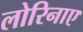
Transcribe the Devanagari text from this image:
लोरिनाए